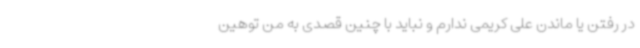
در رفتن یا ماندن علی کریمی ندارم و نباید با چنین قصدی به من توهین